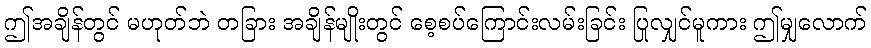
ဤအချိန်တွင် မဟုတ်ဘဲ တခြား အချိန်မျိုးတွင် စေ့စပ်ကြောင်းလမ်းခြင်း ပြုလျှင်မူကား ဤမျှလောက်